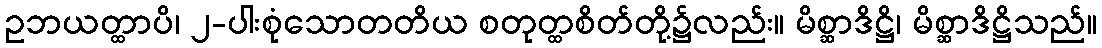
ဥဘယတ္ထာပိ၊ ၂-ပါးစုံသောတတိယ စတုတ္ထစိတ်တို့၌လည်း။ မိစ္ဆာဒိဋ္ဌိ၊ မိစ္ဆာဒိဋ္ဌိသည်။